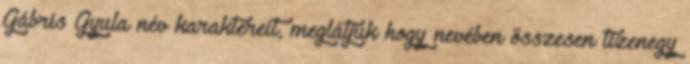
Gábris Gyula név karaktereit, meglátjuk hogy nevében összesen tizenegy